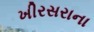
ખીરસરાના